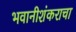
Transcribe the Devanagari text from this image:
भवानीशंकराचा